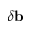
\delta \mathbf { b }